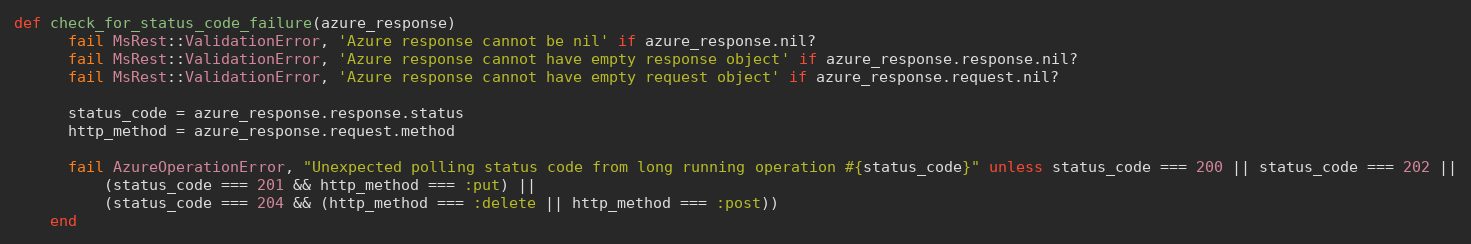
Language: Ruby
def check_for_status_code_failure(azure_response)
      fail MsRest::ValidationError, 'Azure response cannot be nil' if azure_response.nil?
      fail MsRest::ValidationError, 'Azure response cannot have empty response object' if azure_response.response.nil?
      fail MsRest::ValidationError, 'Azure response cannot have empty request object' if azure_response.request.nil?

      status_code = azure_response.response.status
      http_method = azure_response.request.method

      fail AzureOperationError, "Unexpected polling status code from long running operation #{status_code}" unless status_code === 200 || status_code === 202 ||
          (status_code === 201 && http_method === :put) ||
          (status_code === 204 && (http_method === :delete || http_method === :post))
    end